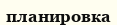
планировка